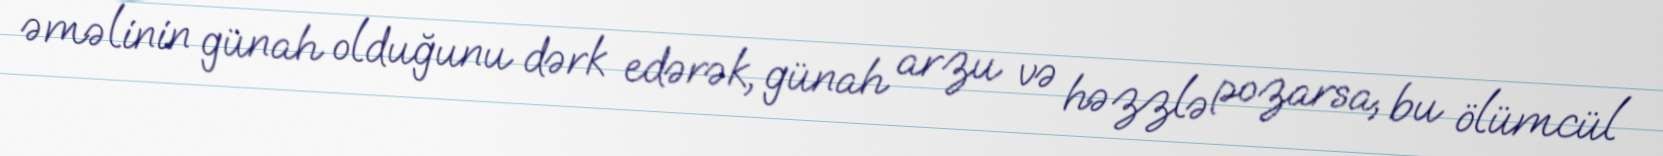
əməlinin günah olduğunu dərk edərək, günah arzu və həzzlə pozarsa, bu ölümcül